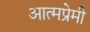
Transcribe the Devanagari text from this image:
आत्मप्रेमी